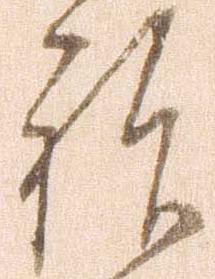
祝